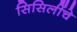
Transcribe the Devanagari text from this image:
सिसिलींचे